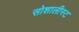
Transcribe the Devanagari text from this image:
सोशालीस्ट